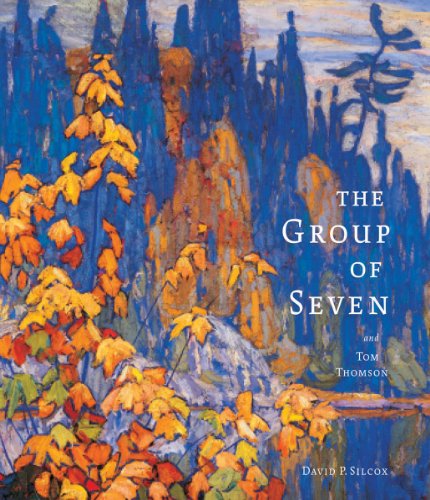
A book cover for The Group of Seven and Tom Thomson; David Silcox; Arts & Photography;